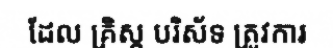
ដែល គ្រិស្ត បរិស័ទ ត្រូវការ